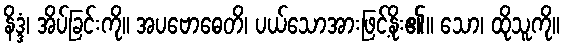
နိဒ္ဒံ၊ အိပ်ခြင်းကို။ အပဗောဓေတိ၊ ပယ်သောအားဖြင့်နိုး၏။ သော၊ ထိုသူကို။